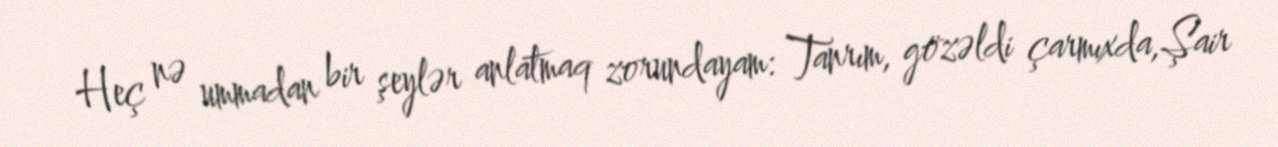
Heç nə ummadan bir şeylər anlatmaq zorundayam: Tanrım, gözəldi çarmıxda,Şair